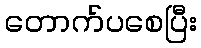
တောက်ပစေပြီး